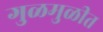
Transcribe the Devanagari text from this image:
गुळमुळीत